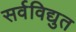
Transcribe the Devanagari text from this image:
सर्वविद्युत